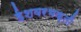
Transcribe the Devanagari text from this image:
ईशवरभक्ती